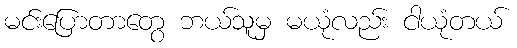
မင်းပြောတာတွေ ဘယ်သူမှ မယုံလည်း ငါယုံတယ်